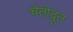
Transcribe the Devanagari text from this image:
चेतोदूत